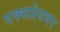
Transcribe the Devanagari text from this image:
एक्सप्रेसवर